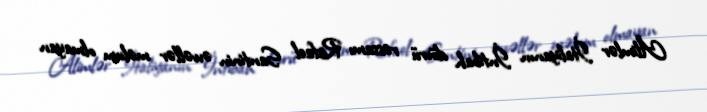
Alimlər İtaliyanın İntibah dövrü rəssamı Rafael Santinin əvvəllər məlum olmayan